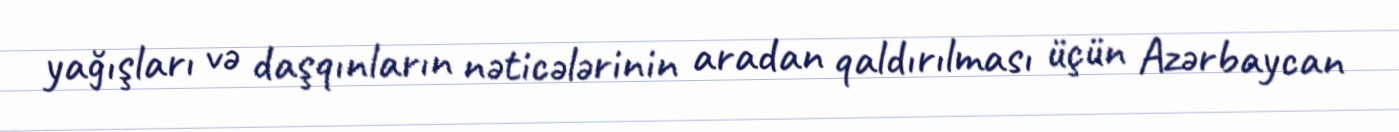
yağışları və daşqınların nəticələrinin aradan qaldırılması üçün Azərbaycan